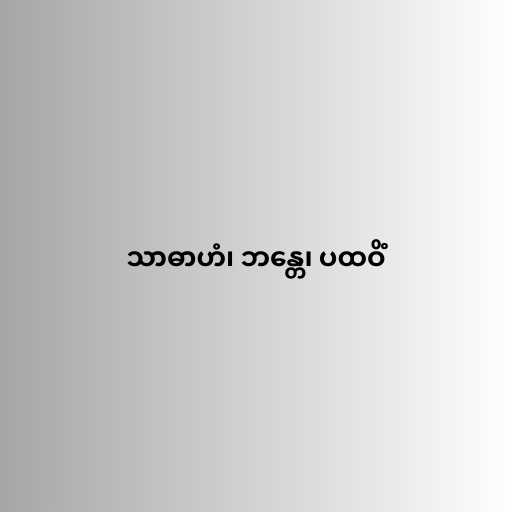
သာဓာဟံ၊ ဘန္တေ၊ ပထဝိံ